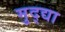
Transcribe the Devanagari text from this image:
मुद्द्या